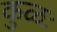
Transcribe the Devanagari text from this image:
कुळः